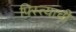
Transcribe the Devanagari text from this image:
पिस्त्याची